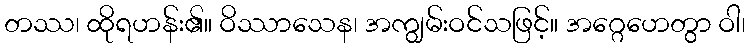
တဿ၊ ထိုရဟန်း၏။ ဝိဿာသေန၊ အကျွမ်းဝင်သဖြင့်။ အဂ္ဂေဟေတွာ ဝါ၊